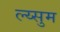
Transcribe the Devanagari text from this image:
ल्य्सुम